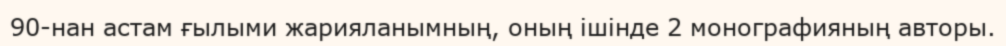
90-нан астам ғылыми жарияланымның, оның ішінде 2 монографияның авторы.